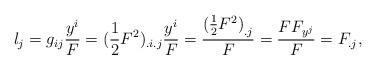
LaTeX: \begin{align*}{l_j} = {g_{ij}}\frac{{{y^i}}}{F} = {(\frac{1}{2}{F^2})_{{.i}{.j}}}\frac{{{y^i}}}{F} = \frac{{{{(\frac{1}{2}{F^2})}_{{.j}}}}}{F} = \frac{{F{F_{{y^j}}}}}{F} = {F_{{.j}}},\end{align*}